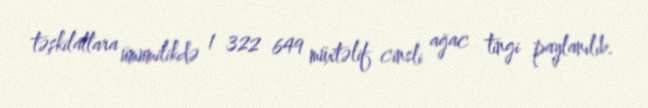
təşkilatlara ümumilikdə 1 322 649 müxtəlif cinsli ağac tingi paylanılıb.